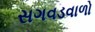
સગવડવાળો